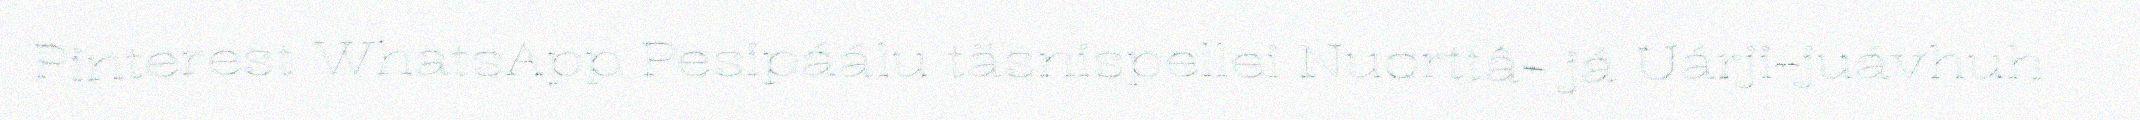
Pinterest WhatsApp Pesipáálu täsnispellei Nuorttâ- já Uárji-juávhuh